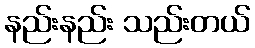
နည်းနည်း သည်းတယ်